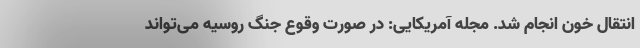
انتقال خون انجام شد. مجله آمریکایی: در صورت وقوع جنگ روسیه می‌تواند